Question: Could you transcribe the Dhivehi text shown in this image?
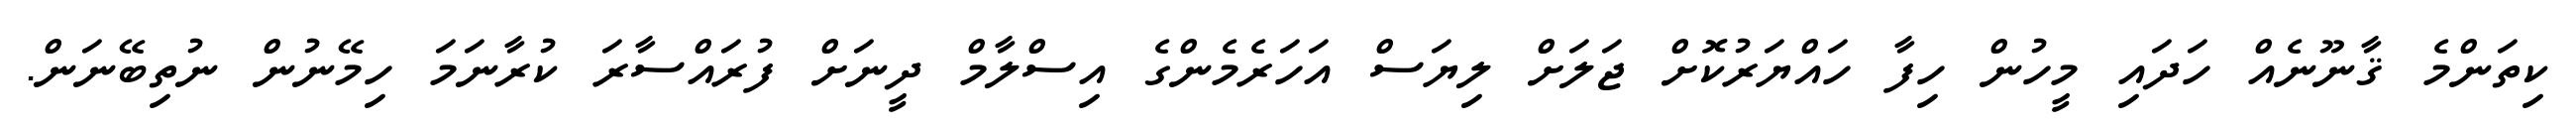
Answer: ކިތަންމެ ޤާނޫނެއް ހަދައި މީހުން ހިފާ ހައްޔަރުކޮށް ޖަލަށް ލިޔަސް އަހަރެމެންގެ އިސްލާމް ދީނަށް ފުރައްސާރަ ކުރާނަމަ ހިމޭނުން ނުތިބޭނަން.